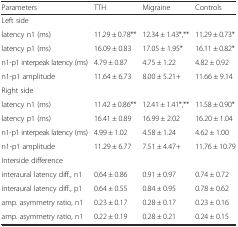
| Parameters | TTH | Migraine | Controls |
 | --- | --- | --- | --- |
 | <COLSPAN=4> Left side |
 | latency n1 (ms) | 11.29 ± 0.78** | 12.34 ± 1.43*,** | 11.29 ± 0.73* |
 | latency p1 (ms) | 16.09 ± 0.83 | 17.05 ± 1.95* | 16.11 ± 0.82* |
 | n1-p1 interpeak latency (ms) | 4.79 ± 0.87 | 4.75 ± 1.22 | 4.82 ± 0.92 |
 | n1-p1 amplitude | 11.64 ± 6.73 | 8.00 ± 5.21+ | 11.66 ± 9.14 |
 | <COLSPAN=4> Right side |
 | latency n1 (ms) | 11.42 ± 0.86** | 12.41 ± 1.41*,** | 11.58 ± 0.90* |
 | latency p1 (ms) | 16.41 ± 0.89 | 16.99 ± 2.02 | 16.20 ± 1.04 |
 | n1-p1 interpeak latency (ms) | 4.99 ± 1.02 | 4.58 ± 1.24 | 4.62 ± 1.00 |
 | n1-p1 amplitude | 11.29 ± 6.77 | 7.51 ± 4.47+ | 11.76 ± 10.79 |
 | <COLSPAN=4> Interside difference |
 | interaural latency diff., n1 | 0.64 ± 0.86 | 0.91 ± 0.97 | 0.74 ± 0.72 |
 | interaural latency diff., p1 | 0.64 ± 0.55 | 0.84 ± 0.95 | 0.78 ± 0.62 |
 | amp. asymmetry ratio, n1 | 0.23 ± 0.17 | 0.28 ± 0.17 | 0.23 ± 0.16 |
 | amp. asymmetry ratio, n1 | 0.22 ± 0.19 | 0.28 ± 0.21 | 0.24 ± 0.15 |